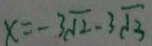
x = - 3 \sqrt { 2 } - 3 \sqrt { 3 }